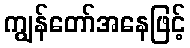
ကျွန်တော်အနေဖြင့်